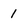
Character: 1